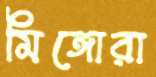
মিঙ্গোরা